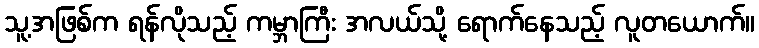
သူ့အဖြစ်က ရန်လိုသည့် ကမ္ဘာကြီး အလယ်သို့ ရောက်နေသည့် လူတယောက်။